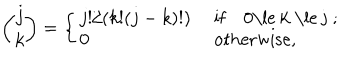
LaTeX: { \binom { j } { k } } = \left\{ \left\{ \begin{cases} { { j ! / ( k ! ( j - k ) ! ) } } & { { i f 0 \le k \le j ; } } \\ { { 0 } } & { { o t h e r w i s e , } } \\ \end{cases} \right. \right.